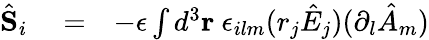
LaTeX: \begin{array}{rlr}{\hat{\mathbf S}_{i}}&{{}=}&{-\epsilon\int d^{3}{\mathbf r}\ \epsilon_{ilm}(r_{j}\hat{E}_{j})(\partial_{l}\hat{A}_{m})}\end{array}